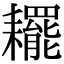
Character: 䎱